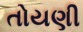
તોયણી